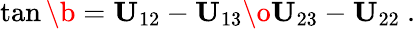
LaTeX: \tan\b={{\mathbf U}_{12}-{\mathbf U}_{13}\o{\mathbf U}_{23}-{\mathbf U}_{22}}\ .